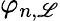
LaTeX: \varphi_{n,\mathscr{L}}